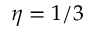
\eta = 1 / 3